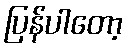
ပြန်ပါတော့